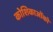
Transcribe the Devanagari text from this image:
कोशिकाओंको